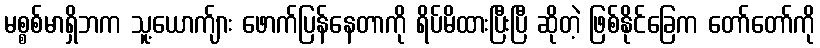
မစ္စစ်မာရှိဘက သူ့ယောက်ျား ဖောက်ပြန်နေတာကို ရိပ်မိထားပြီးပြီ ဆိုတဲ့ ဖြစ်နိုင်ခြေက တော်တော်ကို